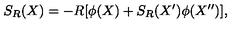
S _ { R } ( X ) = - R [ \phi ( X ) + S _ { R } ( X ^ { \prime } ) \phi ( X ^ { \prime \prime } ) ] ,